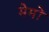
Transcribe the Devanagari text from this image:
मेमों